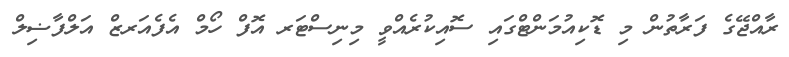
ރާއްޖޭގެ ފަރާތުން މި ޑޮކިއުމަންޓްގައި ސޮއިކުރެއްވީ މިނިސްޓަރ އޮފް ހޯމް އެފެއަރޒް އަލްފާޟިލް